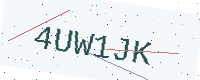
Text: 4UW1JK